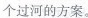
个过河的方案。